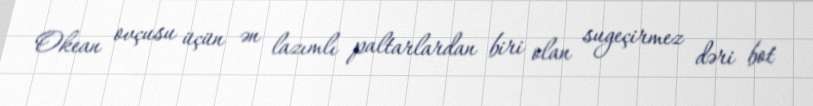
Okean ovçusu üçün ən lazımlı paltarlardan biri olan sugeçirmez dəri bot